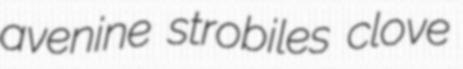
avenine strobiles clove